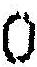
0